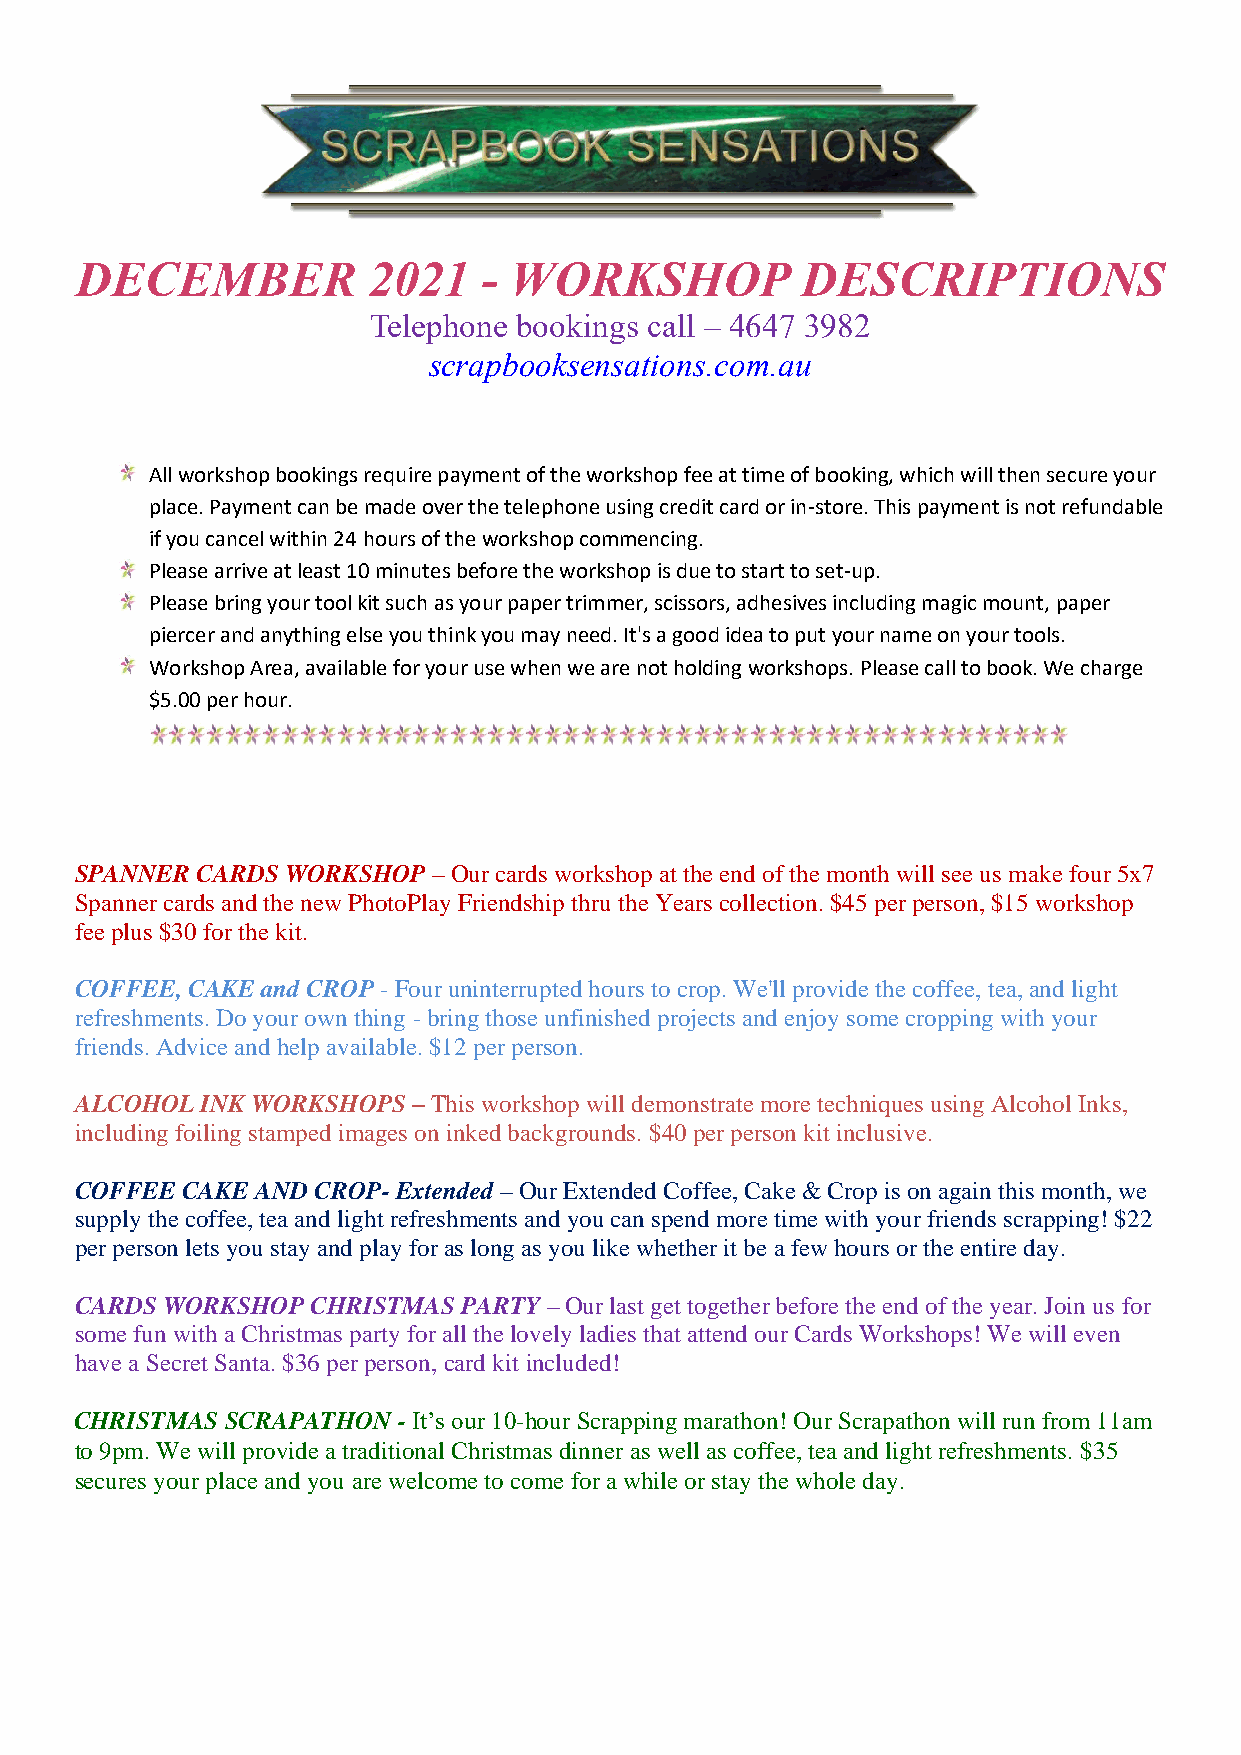
DECEMBER           2021    - WORKSHOP           DESCRIPTIONS
 Telephone bookings call – 4647 3982
 scrapbooksensations.com.au
 All workshop bookings require payment of the workshop fee at time of booking, which will then secure your
 place. Payment can be made over the telephone using credit card or in-store. This payment is not refundable
 if you cancel within 24 hours of the workshop commencing.
 Please arrive at least 10 minutes before the workshop is due to start to set-up.
 Please bring your tool kit such as your paper trimmer, scissors, adhesives including magic mount, paper
 piercer and anything else you think you may need. It's a good idea to put your name on your tools.
 Workshop Area, available for your use when we are not holding workshops. Please call to book. We charge
 $5.00 per hour.
 SPANNER CARDS WORKSHOP  – Our cards workshop at the end of the month will see us make four 5x7
 Spanner cards and the new PhotoPlay Friendship thru the Years collection. $45 per person, $15 workshop
 fee plus $30 for the kit.
 COFFEE, CAKE and CROP - Four uninterrupted hours to crop. We'll provide the coffee, tea, and light
 refreshments. Do your own thing - bring those unfinished projects and enjoy some cropping with your
 friends. Advice and help available. $12 per person.
 ALCOHOL INK WORKSHOPS – This workshop will demonstrate more techniques using Alcohol Inks,
 including foiling stamped images on inked backgrounds. $40 per person kit inclusive.
 COFFEE CAKE AND CROP- Extended – Our Extended Coffee, Cake & Crop is on again this month, we
 supply the coffee, tea and light refreshments and you can spend more time with your friends scrapping! $22
 per person lets you stay and play for as long as you like whether it be a few hours or the entire day.
 CARDS WORKSHOP  CHRISTMAS PARTY – Our last get together before the end of the year. Join us for
 some fun with a Christmas party for all the lovely ladies that attend our Cards Workshops! We will even
 have a Secret Santa. $36 per person, card kit included!
 CHRISTMAS SCRAPATHON - It’s our 10-hour Scrapping marathon! Our Scrapathon will run from 11am
 to 9pm. We will provide a traditional Christmas dinner as well as coffee, tea and light refreshments. $35
 secures your place and you are welcome to come for a while or stay the whole day.